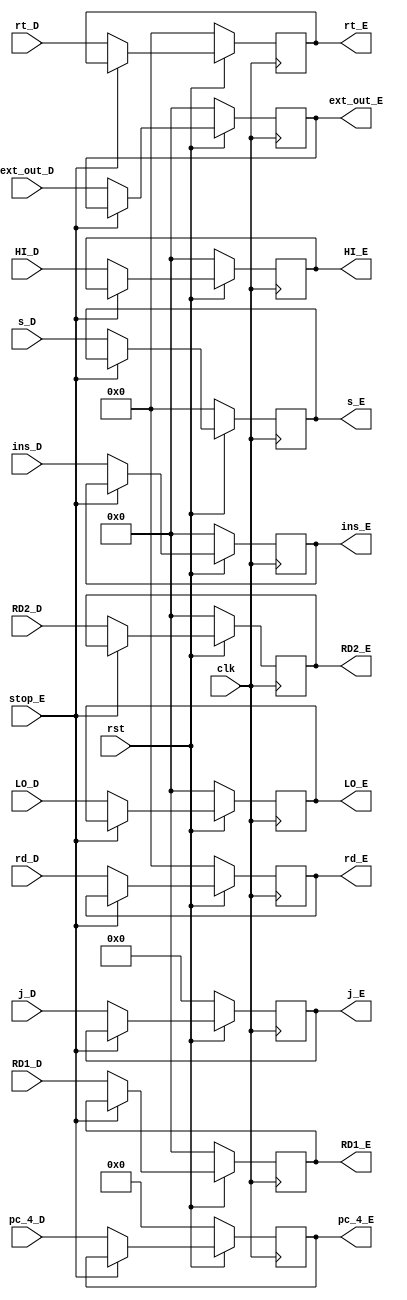
module reg_E ( RD1_D , RD2_D , ext_out_D , rt_D , rd_D , pc_4_D , j_D , s_D , HI_D , LO_D , ins_D ,
		RD1_E , RD2_E , ext_out_E , rt_E , rd_E , pc_4_E , j_E , s_E , HI_E , LO_E , ins_E , 
		clk , rst , stop_E ) ;
		
	input		[31:0]		RD1_D ;
	input		[31:0]		RD2_D ;
	input		[31:0]		ext_out_D ;
	input		[20:16]		rt_D ;
	input		[15:11]		rd_D ;
	input		[25:0]		j_D ;
	input		[10:6]		s_D ;
	input		[31:2]		pc_4_D ;
	input		[31:0]		HI_D ;
	input		[31:0]		LO_D ;
	input		[31:0]		ins_D ;
	input					clk ;
	input					rst ;
	input					stop_E ;
	output		[31:0]		RD1_E ;
	output		[31:0]		RD2_E ;
	output		[31:0]		ext_out_E ;
	output		[20:16]		rt_E ;
	output		[15:11]		rd_E ;
	output		[25:0]		j_E ;
	output		[10:6]		s_E ;
	output		[31:2]		pc_4_E ;
	output		[31:0]		HI_E ;
	output		[31:0]		LO_E ;	
	output		[31:0]		ins_E ;
	
	reg			[31:0]		RD1 ;
	reg			[31:0]		RD2 ;
	reg			[31:0]		ext_out ;
	reg			[20:16]		rt ;
	reg			[15:11]		rd ;
	reg			[25:0]		j ;
	reg			[10:6]		s ;
	reg			[31:2]		pc_4 ;
	reg			[31:0]		LO ;
	reg			[31:0]		HI ;
	reg			[31:0]		ins ;
	
	assign RD1_E = RD1 ;
	assign RD2_E = RD2 ;
	assign ext_out_E = ext_out ;
	assign rt_E = rt ;
	assign rd_E = rd ;
	assign j_E = j ;
	assign pc_4_E = pc_4 ;	
	assign s_E = s ;
	assign HI_E = HI ;
	assign LO_E = LO ;
	assign ins_E = ins ;
	
	always @ ( posedge clk )
	begin
		if( rst == 0 )
		begin
			RD1 = 0 ;
			RD2 = 0 ;
			ext_out = 0 ;
			rt = 0 ;
			rd = 0 ;
			j = 0 ;
			pc_4 = 0 ;
			s = 0 ;
			HI = 0 ;
			LO = 0 ;
			ins = 0 ;
		end
		else if ( stop_E )
			;
		else
		begin
			RD1 = RD1_D ;
			RD2 = RD2_D ;
			ext_out = ext_out_D ;
			rt = rt_D ;
			rd = rd_D ;
			j = j_D ;
			pc_4 = pc_4_D ;
			s = s_D ;
			HI = HI_D ;
			LO = LO_D ;
			ins = ins_D ;
		end
	end
	
endmodule